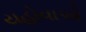
યહોવાએ